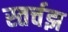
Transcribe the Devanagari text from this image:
स्तर्चझ